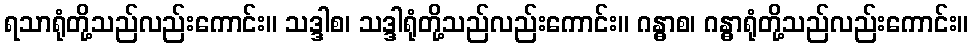
ရသာရုံတို့သည်လည်းကောင်း။ သဒ္ဒါစ၊ သဒ္ဒါရုံတို့သည်လည်းကောင်း။ ဂန္ဓာစ၊ ဂန္ဓာရုံတို့သည်လည်းကောင်း။